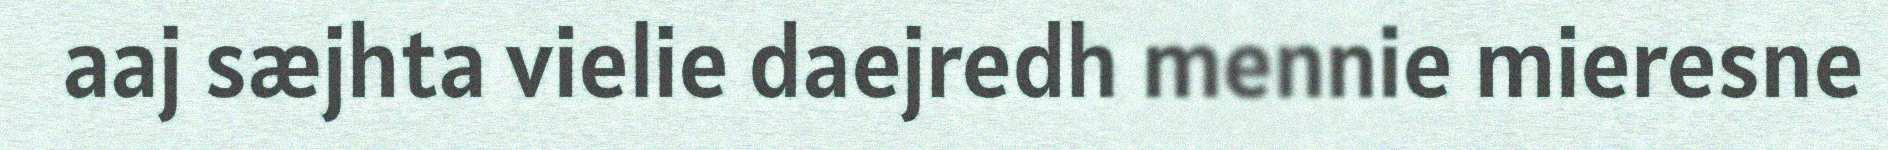
aaj sæjhta vielie daejredh mennie mieresne